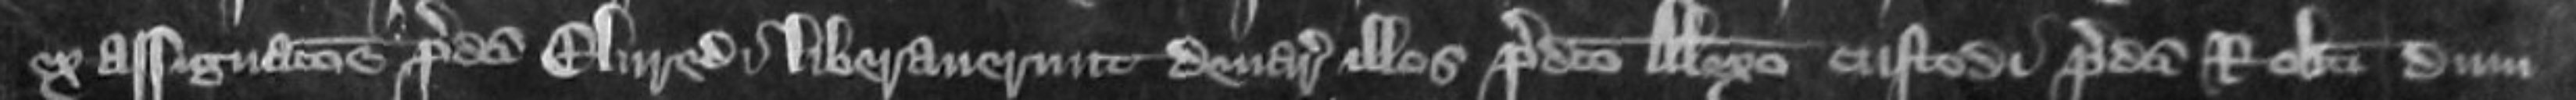
ex assignatione predicti EIvredi liberaverunt denarios illos predicto Alexandro custodi predicti Roberti dum